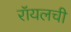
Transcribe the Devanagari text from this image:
रॉयलची